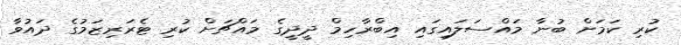
ކުރި ކަމަށް ބުނާ މައްސަލައިގައި އިބްރާހިމް ދީދީގެ މައްޗަށް ކުރި ޓެރަރިޒަމުގެ ދައުވާ